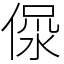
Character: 𣶚